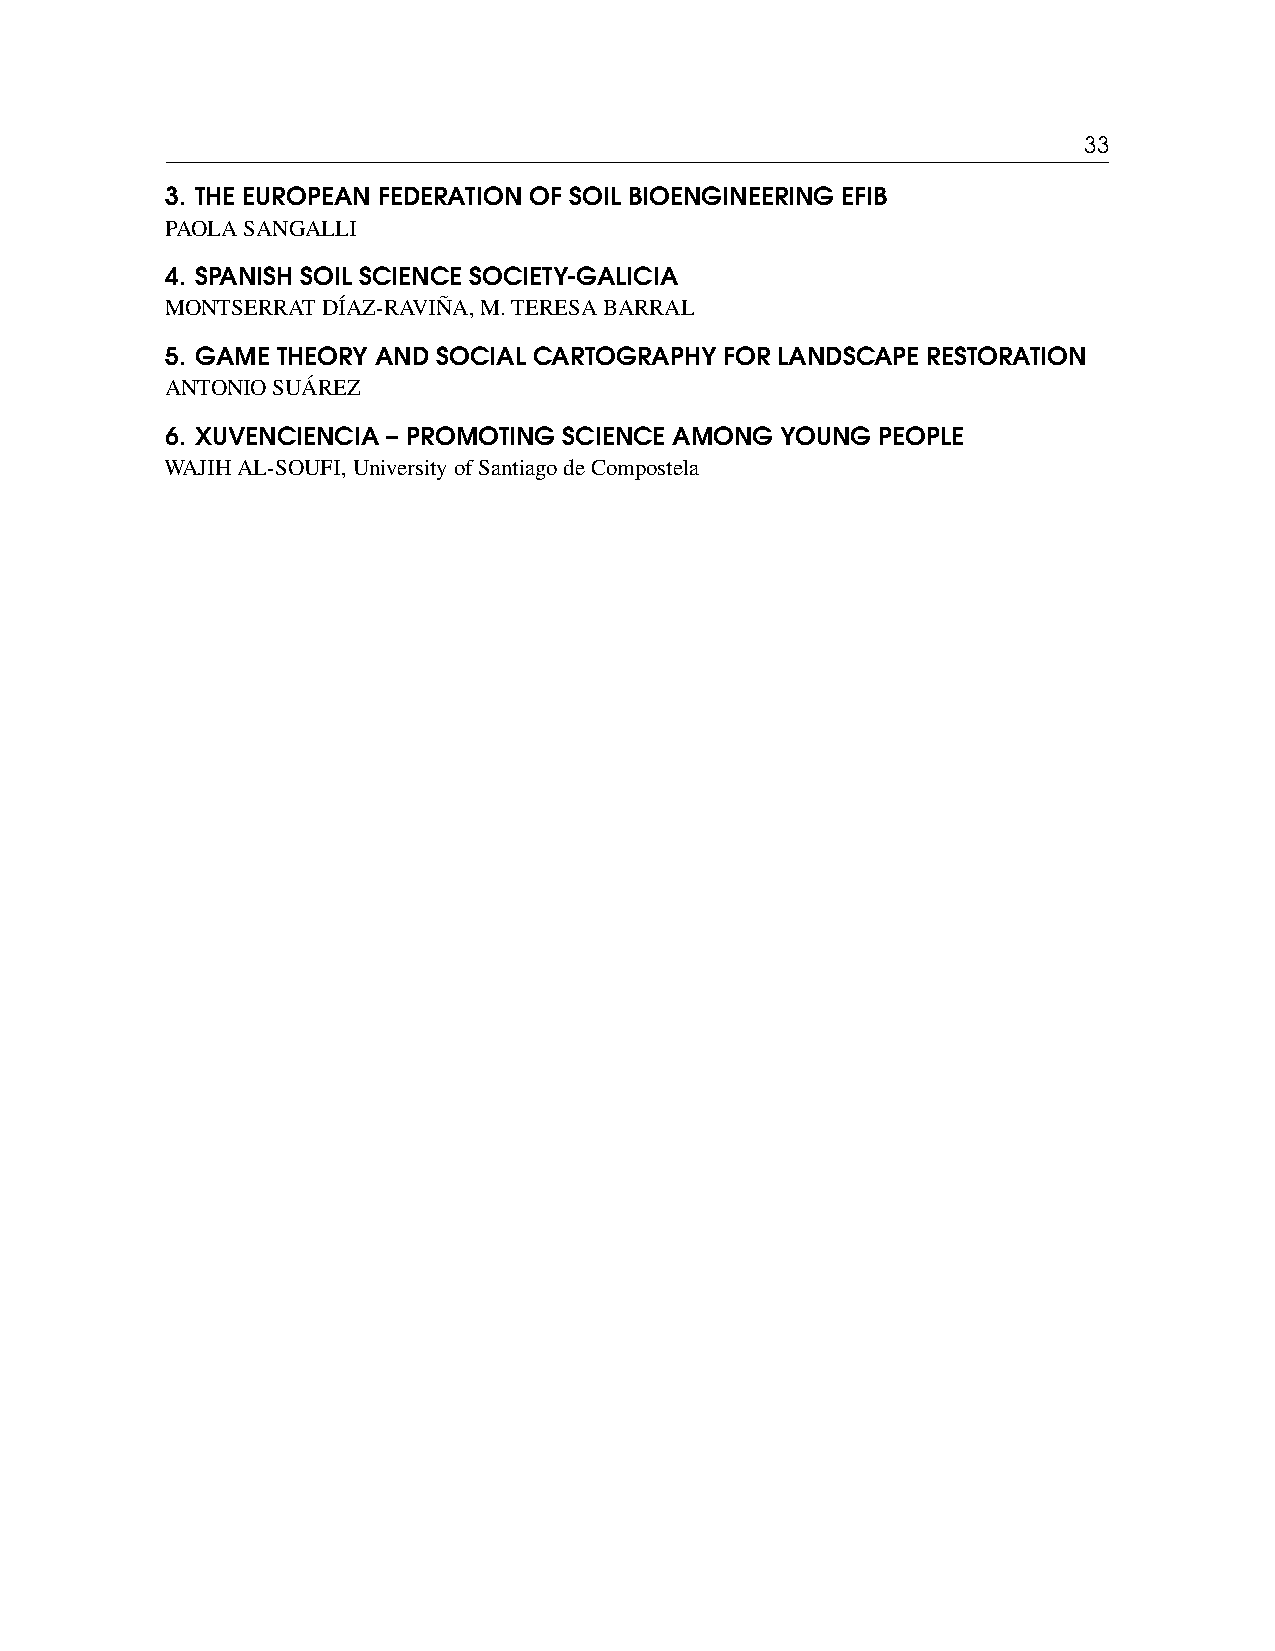
33
 3. THE EUROPEAN FEDERATION OF SOIL BIOENGINEERING EFIB
 PAOLASANGALLI
 4. SPANISH SOIL SCIENCE SOCIETY-GALICIA
 MONTSERRATDÍAZ-RAVIÑA,M.TERESABARRAL
 5. GAME THEORY AND SOCIAL CARTOGRAPHY FOR LANDSCAPE RESTORATION
 ANTONIOSUÁREZ
 6. XUVENCIENCIA – PROMOTING SCIENCE AMONG YOUNG PEOPLE
 WAJIHAL-SOUFI,UniversityofSantiagodeCompostela